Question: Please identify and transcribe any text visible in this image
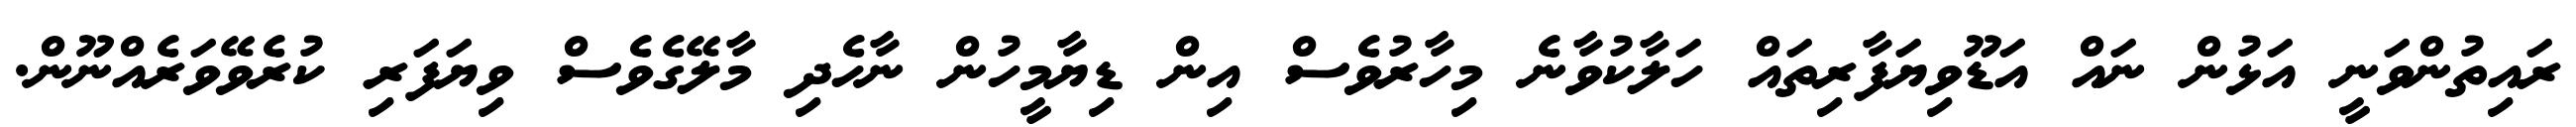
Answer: ރައިތުންވަނީ އަޅުން ނައް އަޑޫވިޔަފާރިތައް ހަލާކުވާނެ މިހާރުވެސް އިން ޑިޔާމީހުން ނާހެދި މާލޭގެވެސް ވިޔަފަރި ކުރެވޭވަރެއްނޫން.